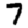
Digit: 7